Insane asylums in Bengal annual reports 1867-1875 - 1867-1875
Year: 1867
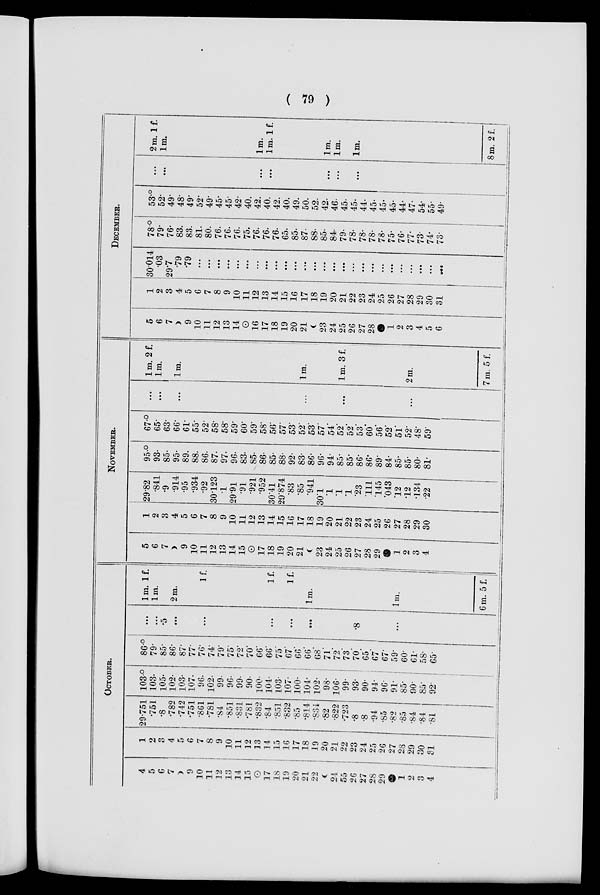
( 79 )
OCTOBER.
4
5
6
7
9
10
11
12
13
14
15
17
18
19
20
21
22
24
55
26
27
28
29
1
2
3
4
1
2
3
4
5
6
7
8
9
10
11
12
13
14
15
16
17
18
19
20
21
22
23
24
25
26
27
28
29
30
31
29.751
.751
.8
.782
.742
.751
.861
.781
.84
.851
.831
.781
.832
.84
.851
.832
.85
.814
.834
.82
.822
.723
.8
.8
.94
.85
.82
.85
.84
.84
.81
103.°
103.
105.
102.
103.
107.
96.
102.
99.
96.
99.
90.
100.
104.
103.
107.
100.
104.
102.
98.
106.
99.
93.
90.
94.
96.
91.
85.
90.
85.
92.
86.°
79.
85.
86.
87.
77.
76.
74.
79.
75.
72.
70.
66.
66.
75.
67.
66.
66.
68.
71.
72.
73.
70.
65.
67.
67.
59.
60.
61.
58.
65.
...
...
.5
...
...
...
...
...
.8
...
1 m. 1 f.
1 m.
2m.
1 f.
1 f.
1 f.
1 m.
1 m.
6m. 5 f.
NOVEMBER.
5
6
7
9
10
11
12
13
14
15
17
18
19
20
21
23
24
25
26
27
28
29
1
2
3
4
1
2
3
4
5
6
7
8
9
10
11
12
13
14
15
16
17
18
19
20
21
22
23
24
25
26
27
28
29
30
29.82
.841
.9
.914
.95
.934
.92
30.123
.1
29.91
.91
.921
.952
30.41
29.874
.83
.85
.941
30.1
.1
.1
.1
.23
.111
.145
.043
.12
.12
.134
.22
95.°
93.
85.
95.
89.
88.
86.
87.
97.
96.
83.
85.
86.
85.
88.
92.
83.
86.
96.
94.
85.
85.
86.
86.
89.
84.
85.
85.
80.
81.
67.°
65.
63.
66.
61.
55.
52.
58.
58.
59.
60.
59.
58.
56.
57.
53.
52.
53.
57.
54.
52.
52.
53.
60.
56.
52.
51.
52.
48.
59.
...
...
. . .
. . .
. . .
1 m. 2f.
1 m.
1m.
1 m.
1m. 3f.
2 m.
7m. 5 f.
DECEMBER.
5
6
7
9
10
11
12
13
14
16
17
18
19
20
21
23
24
25
26
27
28
1
2
3
4
5
6
1
2
3
4
5
6
7
8
9
10
11
12
13
14
15
16
17
18
19
20
21
22
23
24
25
26
27
28
29
30
31
30.014
03
29.7
.79
.79
...
...
...
...
...
...
...
...
...
...
...
...
...
...
...
...
...
...
...
...
...
...
...
...
...
...
78.°
79.
76.
83.
83.
81.
80.
76.
76.
76.
75.
76.
76.
76.
65.
85.
87.
88.
85.
84.
79.
78.
78.
78.
78.
75.
76.
77.
73.
74.
73.
53.°
52.
49.
48.
49.
52.
49.
45.
45.
42.
40.
42.
40.
42.
40.
49.
50.
52.
42.
46.
45.
45.
44.
45.
45.
45.
44.
47.
54.
55.
49.
...
...
...
...
...
...
...
2m. 1 f.
1 m.
1 m.
1 m. 1f.
1 m.
1 m.
1 m.
8m. 2 f.